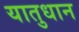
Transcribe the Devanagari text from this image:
यातुधान